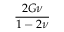
\frac { 2 G \nu } { 1 - 2 \nu }